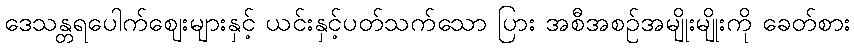
ဒေသန္တရပေါက်ဈေးများနှင့် ယင်းနှင့်ပတ်သက်သော ပြား အစီအစဉ်အမျိုးမျိုးကို ခေတ်စား